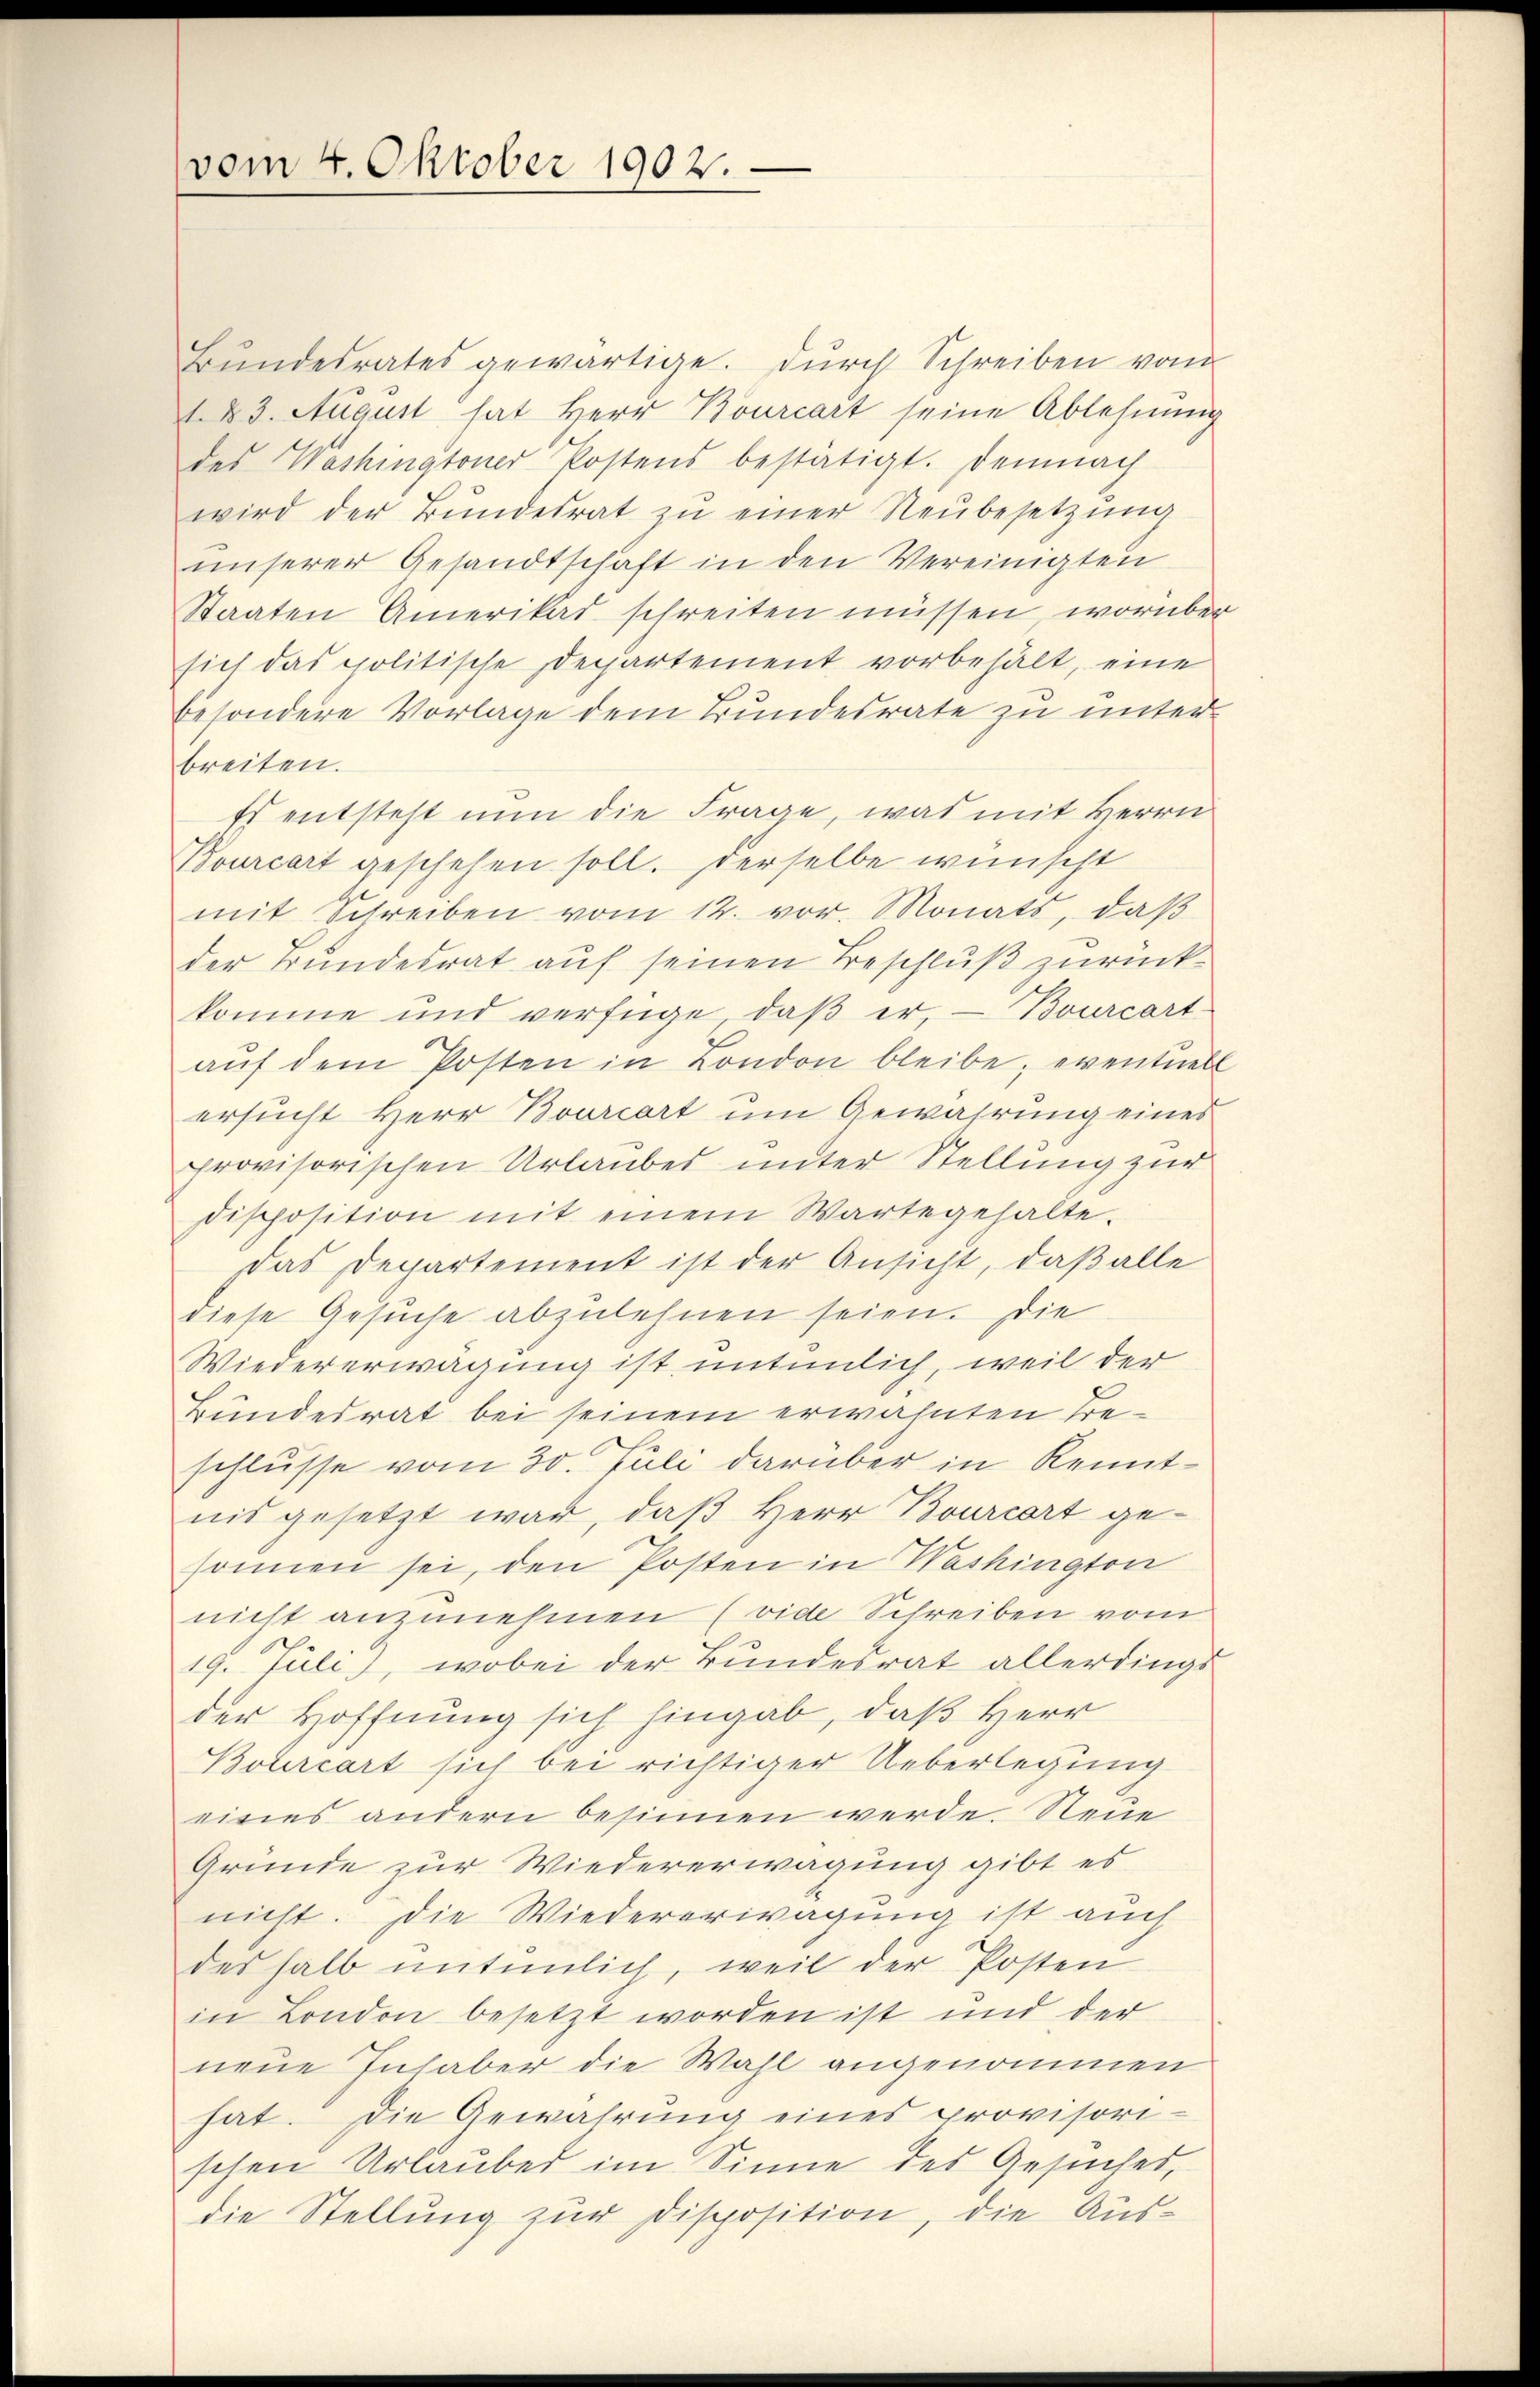
vom 4. Oktober 1902.

Bŭndesrates gewärtige. Durch Schreiben vom
83. August hat Herr Bourcart seine Ablehnung
des Washingtoner Kostens bestätigt. Demnach
wird der Bŭndesrat zŭ einer Neŭbesetzŭng
unserer Gesandtschaft in den Vereinigten
Staaten Amerikad schreiten müssen, worüber
sich das politische Departement vorbehält, eine
besondere Vorlage dem Bundesrate zu unterbreiten.
Es entsteht nun die Frage, was mit Herrn
Bourcart geschehen soll. Derselbe wünscht
mit Schreiben vom 12. vor. Monats, daβ
der Bundesrat auf seinen Beschluß zurückkomme und verfüge, daß er, – Bourcart-
aŭf dem Posten in London bleibe; eventuell
ersucht Herr Bourcart um Gewährung eines
provisorischen Urlaubes unter Stellung zur
disposition mit einem Warte gehalte.
Das Departement ist der Ansicht, daß alle
diese Gesŭche abzulehnen seien. Die
Wiedererwägung ist untenlich, weil der
Bundesrat bei seinem erwähnten Beschlusse vom 30. Juli darüber in Kenntnis gesetzt war, daß Herr Bourcart gesonnen sei, den Posten in Washington
nicht anzunehmen (vide Schreiben vom
19. Juli), wobei der Bundesrat allerdings
der Hoffnung sich hingab, daß Herr
Bourcart sich bei richtiger Ueberlegung
eines andern besinnen werde. Neue
Gründe zur Wiedererwägung gibt es
nicht. Die Wiedererwägung ist auch
deshalb intenlich, weil der Posten
in London besetzt worden ist und der
neue Inhaber die Wahl angenommen
hat. Die Gewährung eines provisori-
schen Urlauber im Sinne des Gesuches,
die Stellung zur Disposition, die Aus¬